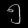
Digit: ၅